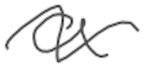
Text: a
Cross-out: wave
Writing tool: digital_gray